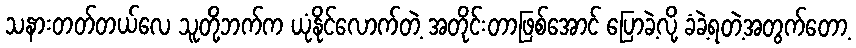
သနားတတ်တယ်လေ သူတို့ဘက်က ယုံနိုင်လောက်တဲ့ အတိုင်းတာဖြစ်အောင် ပြောခဲ့လို့ ခံခဲ့ရတဲ့အတွက်တော့